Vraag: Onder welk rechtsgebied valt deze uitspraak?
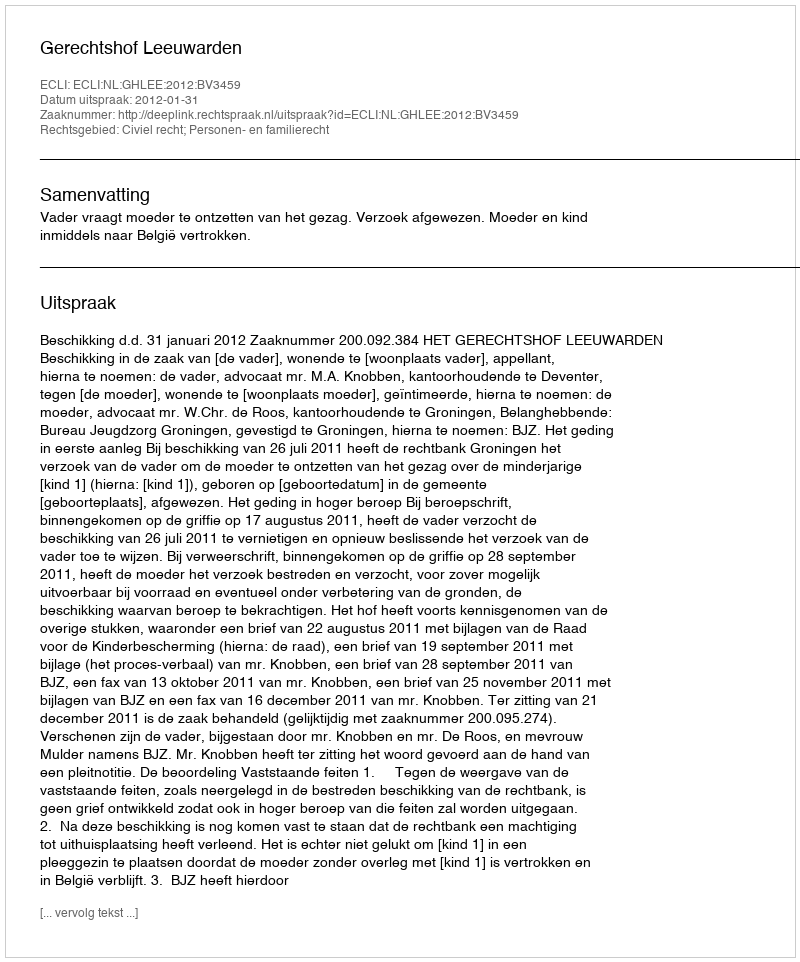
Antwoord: Civiel recht; Personen- en familierecht